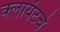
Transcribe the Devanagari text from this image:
क्लायंटचे